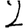
Digit: 2